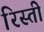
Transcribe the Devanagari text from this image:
रिस्ती